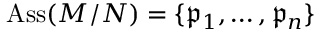
\operatorname { A s s } ( M / N ) = \{ { \mathfrak { p } } _ { 1 } , \dots , { \mathfrak { p } } _ { n } \}